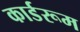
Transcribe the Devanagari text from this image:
कार्डरूम